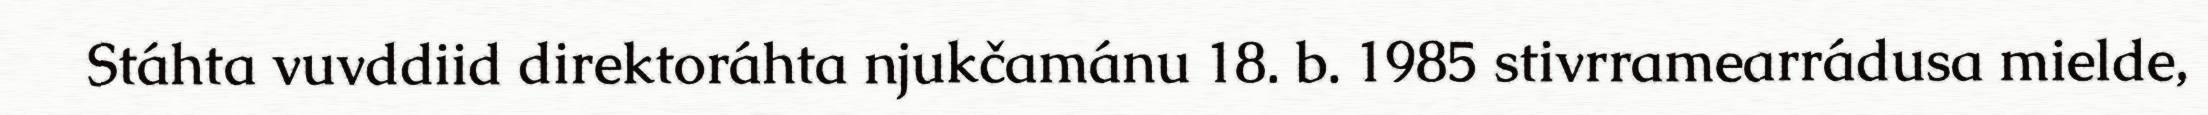
Stáhta vuvddiid direktoráhta njukčamánu 18. b. 1985 stivrramearrádusa mielde,